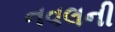
નવલની